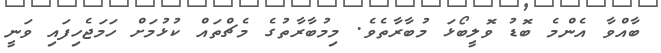
ބާއްވާ އެންމެ ބޮޑު ވޮލީބޯޅަ މުބާރާތެވެ. މިމުބާރާތުގެ މެޗްތައް ކުޅުމަށް ހަމަޖެހިފައި ވަނީ